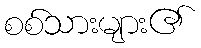
စစ်သားများ၏